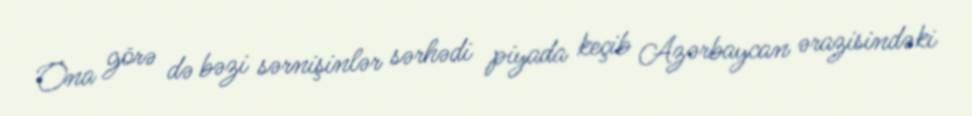
Ona görə də bəzi sərnişinlər sərhədi piyada keçib Azərbaycan ərazisindəki